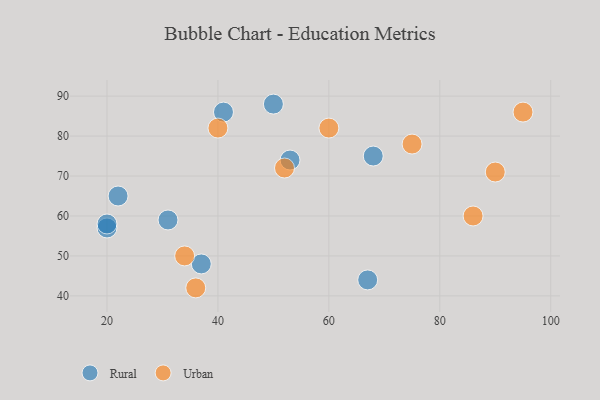
{"axis": {"x": "GDP", "y": "Life Expectancy"}, "legend": ["Rural", "Urban"], "data": [{"x": "37", "y": 48, "type": "Rural"}, {"x": "20", "y": 57, "type": "Rural"}, {"x": "67", "y": 44, "type": "Rural"}, {"x": "68", "y": 75, "type": "Rural"}, {"x": "50", "y": 88, "type": "Rural"}, {"x": "31", "y": 59, "type": "Rural"}, {"x": "41", "y": 86, "type": "Rural"}, {"x": "53", "y": 74, "type": "Rural"}, {"x": "20", "y": 58, "type": "Rural"}, {"x": "22", "y": 65, "type": "Rural"}, {"x": "40", "y": 82, "type": "Urban"}, {"x": "90", "y": 71, "type": "Urban"}, {"x": "86", "y": 60, "type": "Urban"}, {"x": "95", "y": 86, "type": "Urban"}, {"x": "75", "y": 78, "type": "Urban"}, {"x": "34", "y": 50, "type": "Urban"}, {"x": "60", "y": 82, "type": "Urban"}, {"x": "52", "y": 72, "type": "Urban"}, {"x": "36", "y": 42, "type": "Urban"}]}